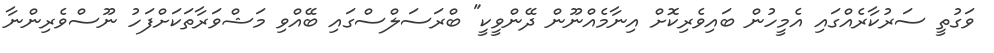
ވަގުތީ ސަރުކާރެއްގައި އެމީހުން ބައިވެރިކޮށް އިނާމެއްނޫން ދޭންވީކީ" ބްރަސަލްސްގައި ބޭއްވި މަޝްވަރާތަކަށްފަހު ނޫސްވެރިންނާ